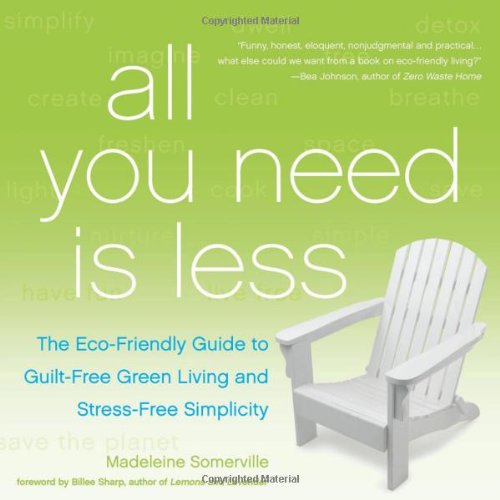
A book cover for All You Need Is Less: The Eco-friendly Guide to Guilt-Free Green Living and Stress-Free Simplicity; Madeleine Somerville; Crafts, Hobbies & Home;